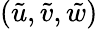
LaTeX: (\tilde{u},\tilde{v},\tilde{w})